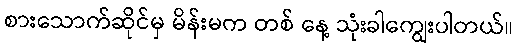
စားသောက်ဆိုင်မှ မိန်းမက တစ် နေ့ သုံးခါကျွေးပါတယ်။